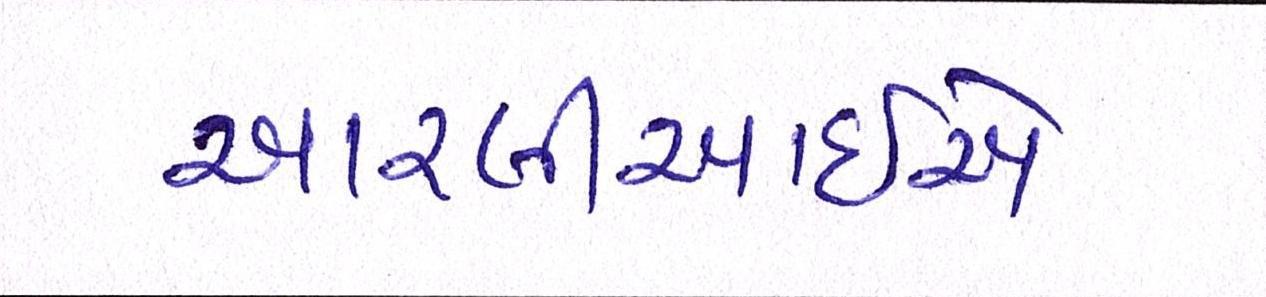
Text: આરબીઆઇએ